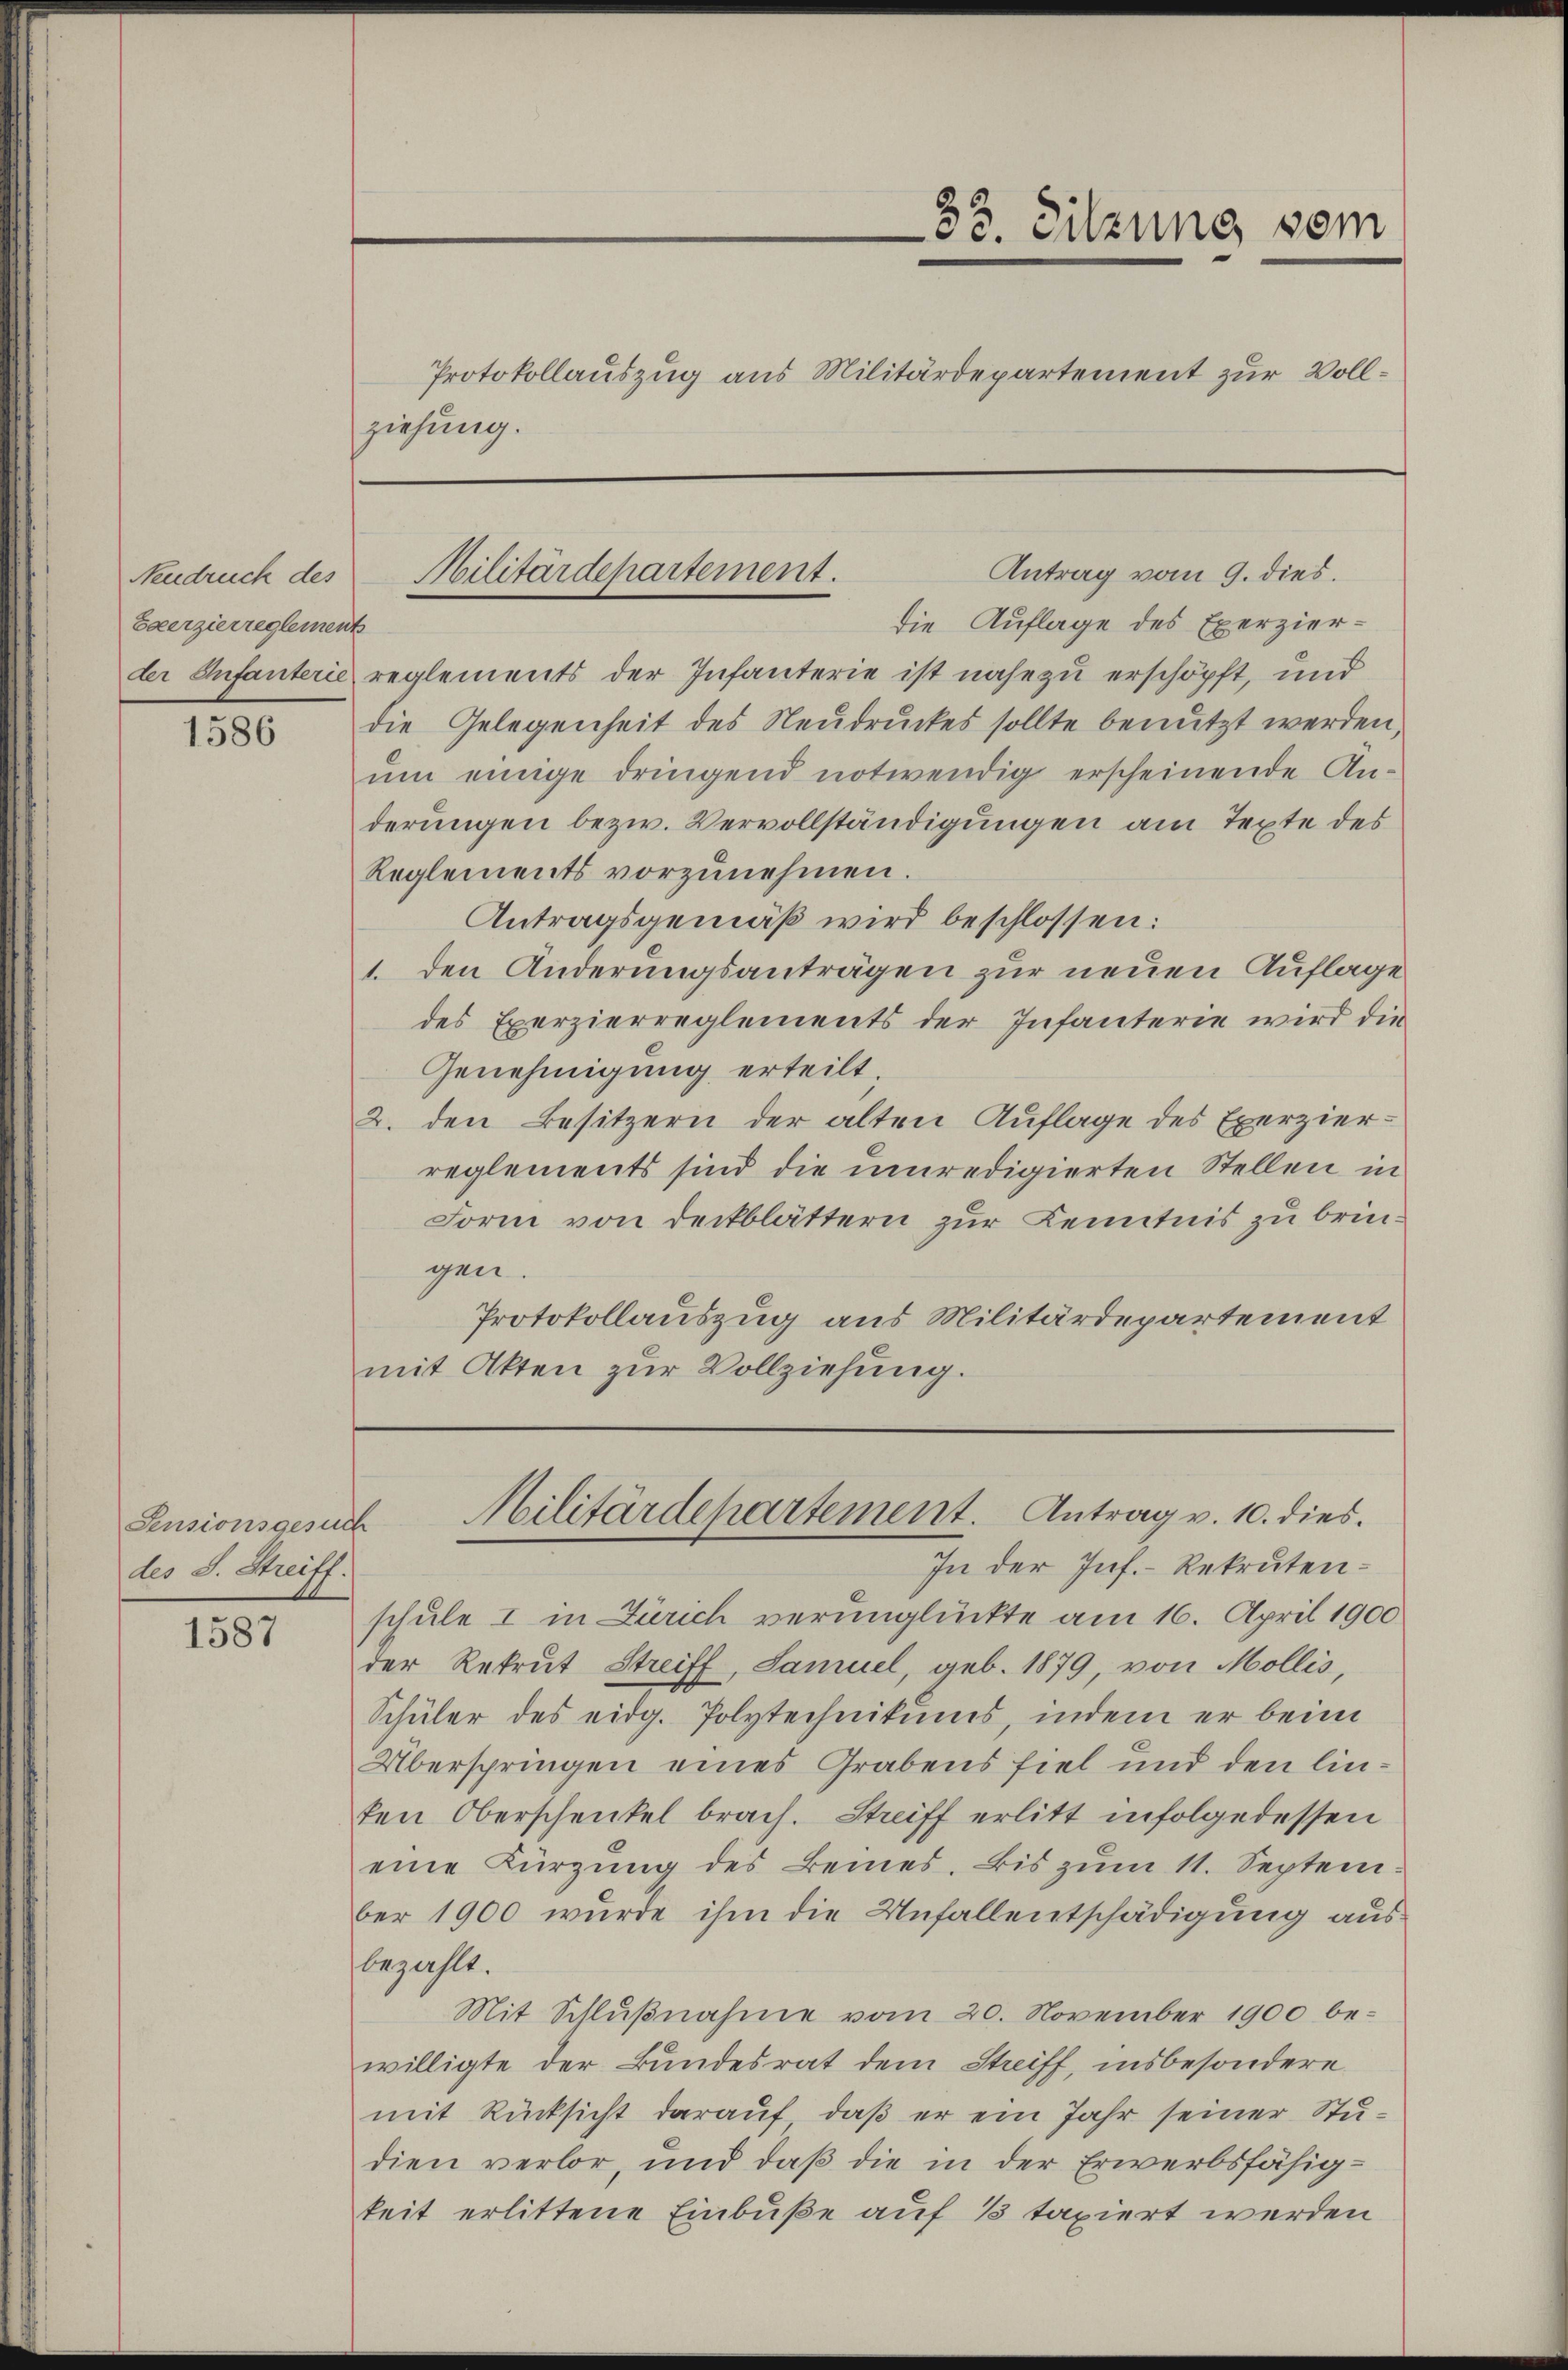
Neudruck des
Saerzierreglement

1586

Pensionsgesuch
des S. Streiff.

1587

ziehung.

Militärdepartement.

33. Sitzung vom
Protokollauszug aus Militärdepartement zur Voll¬

Antrag vom 9. dies.
die Auflage des Exerzier-
der Infanterie reglements der Infanterie ist nahe zu erschöpft, und
die Gelegenheit des Neudruckes sollte benutzt werden,
ŭm einige dringend notwendig erscheinende An-
derungen bezw. Vervollständigungen am Texte des
Reglements vorzunehmen.
Antragsgemäß wird beschlossen:
1. den Änderungsanträgen zur neuen Auflage
des Exerzierreglements der Infanterie wird die
Genehmigung erteilt.
2. den Besitzern der alten Auflage des Exerzierreglements sind die unredigierten Stellen in
Form von Deckblättern zur Kenntnis zu bringen.
Protokollauszug aus Militärdepartement
mit Akten zur Vollziehung.

Militärdepartement. Antrag v. 10. dies

In der Inf.- Rekrutenschule I in Zürich verunglückte am 16. April 1900
der Rekrut Streiff, Samuel, geb. 1879, von Mollis,
Schüler des eidg. Polytechnikums, indem er beim
Überspringen eines Grabens fiel und den linten Oberschenkel brach. Streiff erlitt infolgedessen
eine Kürzung des Beines. Bis zum 11. September 1900 wurde ihm die Unfallentschädigung aus
bezahlt.
Mit Schlŭβnahme vom 20. November 1900 be-
willigte der Bundesrat dem Streiff, insbesondere
mit Rücksicht darauf, daß er ein Jahr seiner Studien verlor, und daß die in der Erwerbsfähigkeit erlittene Einbuße auf 13 taxiert werden